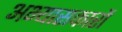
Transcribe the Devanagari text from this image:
अभ्‍यासकारों